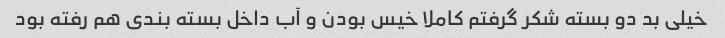
خیلی بد دو بسته شکر گرفتم کاملا خیس بودن و آب داخل بسته بندی هم رفته بود